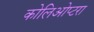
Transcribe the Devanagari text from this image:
कोलिओप्टरा